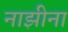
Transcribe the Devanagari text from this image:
नाझीना